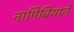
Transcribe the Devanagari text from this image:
नामिबियाने